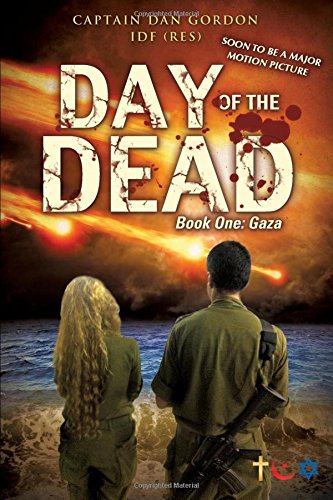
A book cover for Day of the Dead: Book One - Gaza; Captain Dan Gordon IDF (Res); Mystery, Thriller & Suspense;